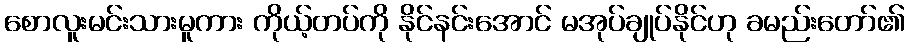
စောလူးမင်းသားမူကား ကိုယ့်တပ်ကို နိုင်နင်းအောင် မအုပ်ချုပ်နိုင်ဟု ခမည်းတော်၏